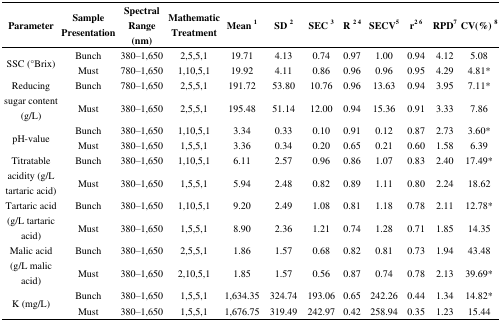
<table><thead><tr><td><b>Parameter</b></td><td><b>Sample Presentation</b></td><td><b>Spectral Range (nm)</b></td><td><b>Mathematic Treatment</b></td><td><b>Mean<sup>1</sup></b></td><td><b>SD<sup>2</sup></b></td><td><b>SEC<sup>3</sup></b></td><td><b>R<sup>2</sup><sup>4</sup></b></td><td><b>SECV<sup>5</sup></b></td><td><b>r<sup>2</sup><sup>6</sup></b></td><td><b>RPD<sup>7</sup></b></td><td><b>CV(%)<sup>8</sup></b></td></tr></thead><tbody><tr><td rowspan="2">SSC (°Brix)</td><td>Bunch</td><td>380–1,650</td><td>2,5,5,1</td><td>19.71</td><td>4.13</td><td>0.74</td><td>0.97</td><td>1.00</td><td>0.94</td><td>4.12</td><td>5.08</td></tr><tr><td>Must</td><td>780–1,650</td><td>1,10,5,1</td><td>19.92</td><td>4.11</td><td>0.86</td><td>0.96</td><td>0.96</td><td>0.95</td><td>4.29</td><td>4.81*</td></tr><tr><td rowspan="2">Reducing sugar content (g/L)</td><td>Bunch</td><td>780–1,650</td><td>2,5,5,1</td><td>191.72</td><td>53.80</td><td>10.76</td><td>0.96</td><td>13.63</td><td>0.94</td><td>3.95</td><td>7.11*</td></tr><tr><td>Must</td><td>380–1,650</td><td>2,5,5,1</td><td>195.48</td><td>51.14</td><td>12.00</td><td>0.94</td><td>15.36</td><td>0.91</td><td>3.33</td><td>7.86</td></tr><tr><td rowspan="2">pH-value</td><td>Bunch</td><td>380–1,650</td><td>1,10,5,1</td><td>3.34</td><td>0.33</td><td>0.10</td><td>0.91</td><td>0.12</td><td>0.87</td><td>2.73</td><td>3.60*</td></tr><tr><td>Must</td><td>380–1,650</td><td>1,5,5,1</td><td>3.36</td><td>0.34</td><td>0.20</td><td>0.65</td><td>0.21</td><td>0.60</td><td>1.58</td><td>6.39</td></tr><tr><td rowspan="2">Titratable acidity (g/L tartaric acid)</td><td>Bunch</td><td>380–1,650</td><td>1,10,5,1</td><td>6.11</td><td>2.57</td><td>0.96</td><td>0.86</td><td>1.07</td><td>0.83</td><td>2.40</td><td>17.49*</td></tr><tr><td>Must</td><td>380–1,650</td><td>1,5,5,1</td><td>5.94</td><td>2.48</td><td>0.82</td><td>0.89</td><td>1.11</td><td>0.80</td><td>2.24</td><td>18.62</td></tr><tr><td rowspan="2">Tartaric acid (g/L tartaric acid)</td><td>Bunch</td><td>380–1,650</td><td>1,10,5,1</td><td>9.20</td><td>2.49</td><td>1.08</td><td>0.81</td><td>1.18</td><td>0.78</td><td>2.11</td><td>12.78*</td></tr><tr><td>Must</td><td>380–1,650</td><td>1,5,5,1</td><td>8.90</td><td>2.36</td><td>1.21</td><td>0.74</td><td>1.28</td><td>0.71</td><td>1.85</td><td>14.35</td></tr><tr><td rowspan="2">Malic acid (g/L malic acid)</td><td>Bunch</td><td>380–1,650</td><td>2,5,5,1</td><td>1.86</td><td>1.57</td><td>0.68</td><td>0.82</td><td>0.81</td><td>0.73</td><td>1.94</td><td>43.48</td></tr><tr><td>Must</td><td>380–1,650</td><td>2,10,5,1</td><td>1.85</td><td>1.57</td><td>0.56</td><td>0.87</td><td>0.74</td><td>0.78</td><td>2.13</td><td>39.69*</td></tr><tr><td rowspan="2">K (mg/L)</td><td>Bunch</td><td>380–1,650</td><td>1,5,5,1</td><td>1,634.35</td><td>324.74</td><td>193.06</td><td>0.65</td><td>242.26</td><td>0.44</td><td>1.34</td><td>14.82*</td></tr><tr><td>Must</td><td>380–1,650</td><td>1,5,5,1</td><td>1,676.75</td><td>319.49</td><td>242.97</td><td>0.42</td><td>258.94</td><td>0.35</td><td>1.23</td><td>15.44</td></tr></tbody></table>